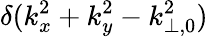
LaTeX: \delta(k_{x}^{2}+k_{y}^{2}-k_{\perp,0}^{2})